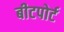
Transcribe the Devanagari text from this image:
बीटपोर्ट